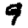
Digit: 9